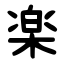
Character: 楽